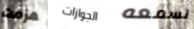
هزمت الجوازات نسمعه